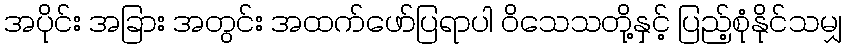
အပိုင်း အခြား အတွင်း အထက်ဖော်ပြရာပါ ဝိသေသတို့နှင့် ပြည့်စုံနိုင်သမျှ